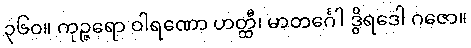
၃၆၀။ ကုဉ္ဇရော ဝါရဏော ဟတ္ထီ၊ မာတင်္ဂေါ ဒွိရဒေါ ဂဇော။